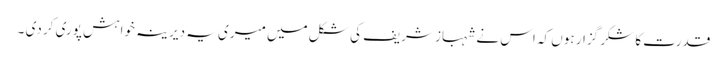
قدرت کا شکر گزار ہوں کہ اس نے شہباز شریف کی شکل میں میری یہ دیرینہ خواہش پوری کر دی ۔